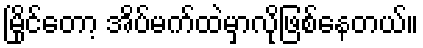
မြိုင်တော့ အိပ်မက်ထဲမှာလိုဖြစ်နေတယ်။